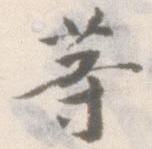
等